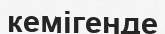
кемігенде